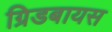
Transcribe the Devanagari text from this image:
ग्रिडबायस